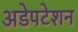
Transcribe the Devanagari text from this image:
अडेपटेशन